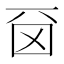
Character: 𠀮